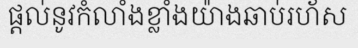
ផ្តល់នូវកំលាំងខ្លាំងយ៉ាងឆាប់រហ័ស